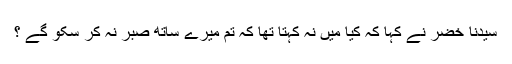
سیدنا خضرؑ نے کہا کہ کیا میں نہ کہتا تھا کہ تم میرے ساتھ صبر نہ کر سکو گے ؟